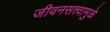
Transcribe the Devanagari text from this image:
जीवनसत्त्वामुळे